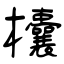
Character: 欜